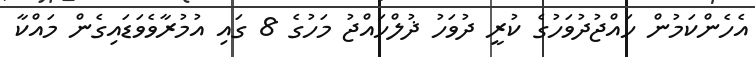
އެހެންކަމުން ހައްޖުދުވަހުގެ ކުރީ ދުވަހު ޛުލްހައްޖު މަހުގެ 8 ގައި އުމުރާވެވަޑައިގެން މައްކާ